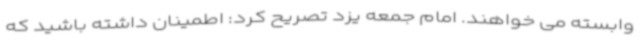
وابسته می خواهند. امام جمعه یزد تصریح کرد: اطمینان داشته باشید که